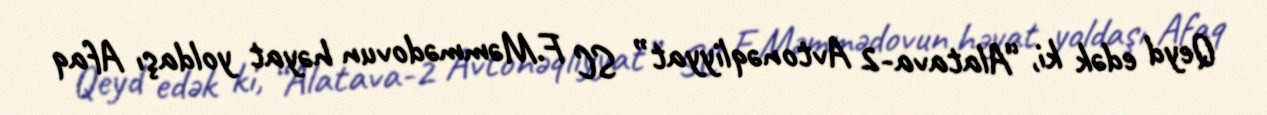
Qeyd edək ki, “Alatava-2 Avtonəqliyyat” SC F.Məmmədovun həyat yoldaşı Afaq